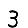
Digit: 3